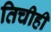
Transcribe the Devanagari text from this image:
तिचीही